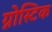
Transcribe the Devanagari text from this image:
ग्नोस्टिक